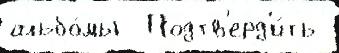
альбо́мы  Подтв'ерд'и́ть